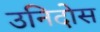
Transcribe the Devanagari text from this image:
उनिदोस